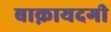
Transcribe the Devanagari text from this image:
बाक़ायदगी